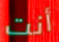
أنت